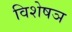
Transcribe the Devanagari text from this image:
विशेषञ